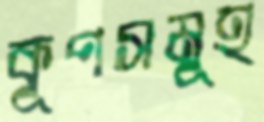
কূপসমূহ